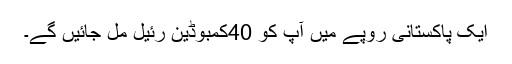
ایک پاکستانی روپے میں آپ کو 40کمبوڈین رئیل مل جائیں گے۔